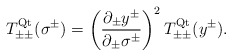
\begin{align*}T_{\pm\pm}^{\rm Qt}(\sigma^\pm)= \left(\frac{\partial_\pm y^\pm}{\partial_\pm \sigma^\pm}\right)^2T_{\pm\pm}^{\rm Qt}(y^\pm).\end{align*}